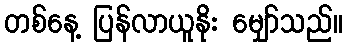
တစ်နေ့ ပြန်လာယူနိုး မျှော်သည်။